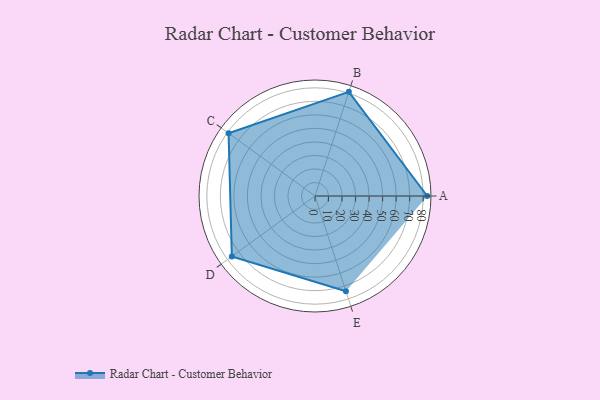
{"axis": {"x": "Skill", "y": "Score"}, "legend": ["Profile"], "data": [{"x": "A", "y": 83.0, "type": "Profile"}, {"x": "B", "y": 81.0, "type": "Profile"}, {"x": "C", "y": 79.0, "type": "Profile"}, {"x": "D", "y": 76.0, "type": "Profile"}, {"x": "E", "y": 74.0, "type": "Profile"}]}